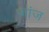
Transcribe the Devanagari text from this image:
जांज